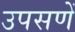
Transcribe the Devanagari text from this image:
उपसणें